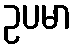
ဥပမာ